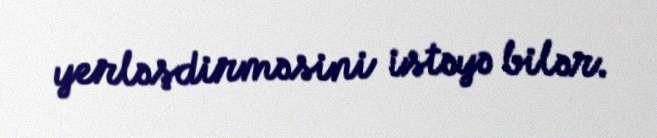
yerləşdirməsini istəyə bilər.